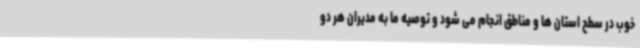
خوب در سطح استان ها و مناطق انجام می شود و توصیه ما به مدیران هر دو